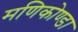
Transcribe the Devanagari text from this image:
मणिकोण्डा